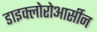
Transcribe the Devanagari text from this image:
डाइक्लोरोआर्सीन